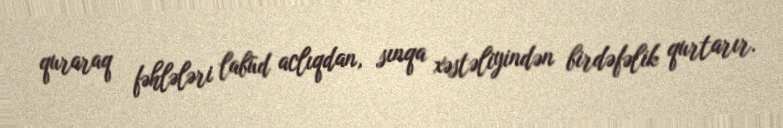
quraraq fəhlələri labüd aclıqdan, sınqa xəstəliyindən birdəfəlik qurtarır.